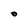
Character: O